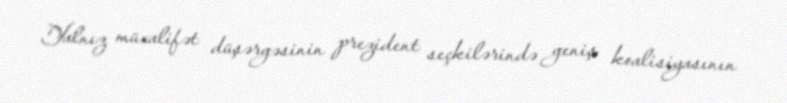
Yalnız müxalifət düşərgəsinin prezident seçkilərində geniş koalisiyasının